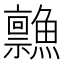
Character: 𲍂